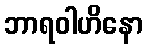
ဘာရဝါဟိနော